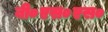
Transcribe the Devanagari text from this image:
बी०एस०एस०